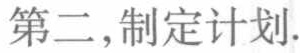
第二,制定计划.